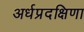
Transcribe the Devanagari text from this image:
अर्धप्रदक्षिणा